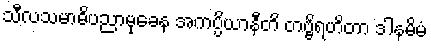
သီလသမာဓိပညာမုခေန အကပ္ပိယာနီတိ တဗ္ဗိရဟိတာ ဒါနမိမံ